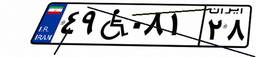
۳۸W۵۷۶۴۳